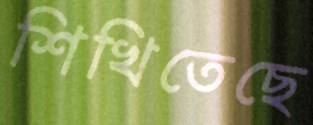
শিখিতেছে